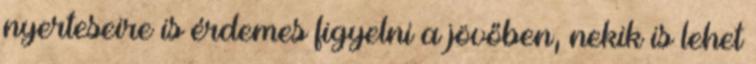
nyerteseire is érdemes figyelni a jövőben, nekik is lehet